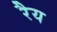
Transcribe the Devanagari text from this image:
रैय